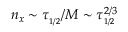
n _ { x } \sim \tau _ { _ { 1 / 2 } } / M \sim \tau _ { _ { 1 / 2 } } ^ { 2 / 3 }